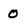
Character: 0